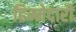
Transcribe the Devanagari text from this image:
हिम्मेदारी